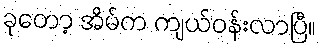
ခုတော့ အိမ်က ကျယ်ဝန်းလာပြီ။